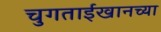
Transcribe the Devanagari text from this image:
चुगताईखानच्या